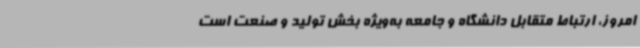
امروز، ارتباط متقابل دانشگاه و جامعه به‌ویژه بخش تولید و صنعت است